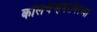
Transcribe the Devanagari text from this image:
कोलचेव्हबरोबरच्या